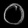
Digit: ၀